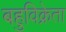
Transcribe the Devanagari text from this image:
बहुविक्रेता